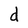
Character: d